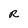
Character: R